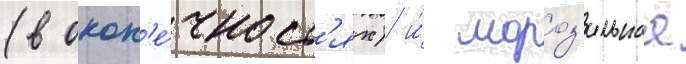
(в окон'е́чност'ях) и́ мороз'ильнаа